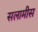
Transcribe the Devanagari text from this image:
सलामीस